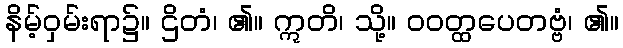
နိမ့်ဝှမ်းရာ၌။ ဌိတံ၊ ၏။ ဣတိ၊ သို့။ ဝဝတ္ထပေတဗ္ဗံ၊ ၏။